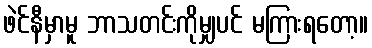
ဖဲင်နီမှာမူ ဘာသတင်းကိုမျှပင် မကြားရတော့။